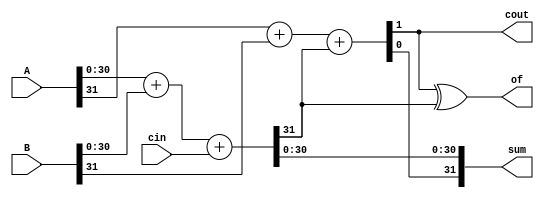
`timescale 1ns / 1ps
//////////////////////////////////////////////////////////////////////////////////
// Group: 21 
// Engineers: P. Godhani & D. Saha
// Module Name:    adder  
// Description: 	 32-Bit Binary Adder 
//
//////////////////////////////////////////////////////////////////////////////////
module Adder(A, B, sum, cin, cout, of);
	input [31:0] A, B;
	input cin;
	output reg [31:0] sum;
	output reg cout, of;
	reg c31;
	always@(*) begin 
		{c31, sum[30:0]} = A[30:0] + B[30:0] + cin;
		{cout, sum[31]} = A[31] + B[31] + c31;
		of = cout ^ c31;
	end
endmodule